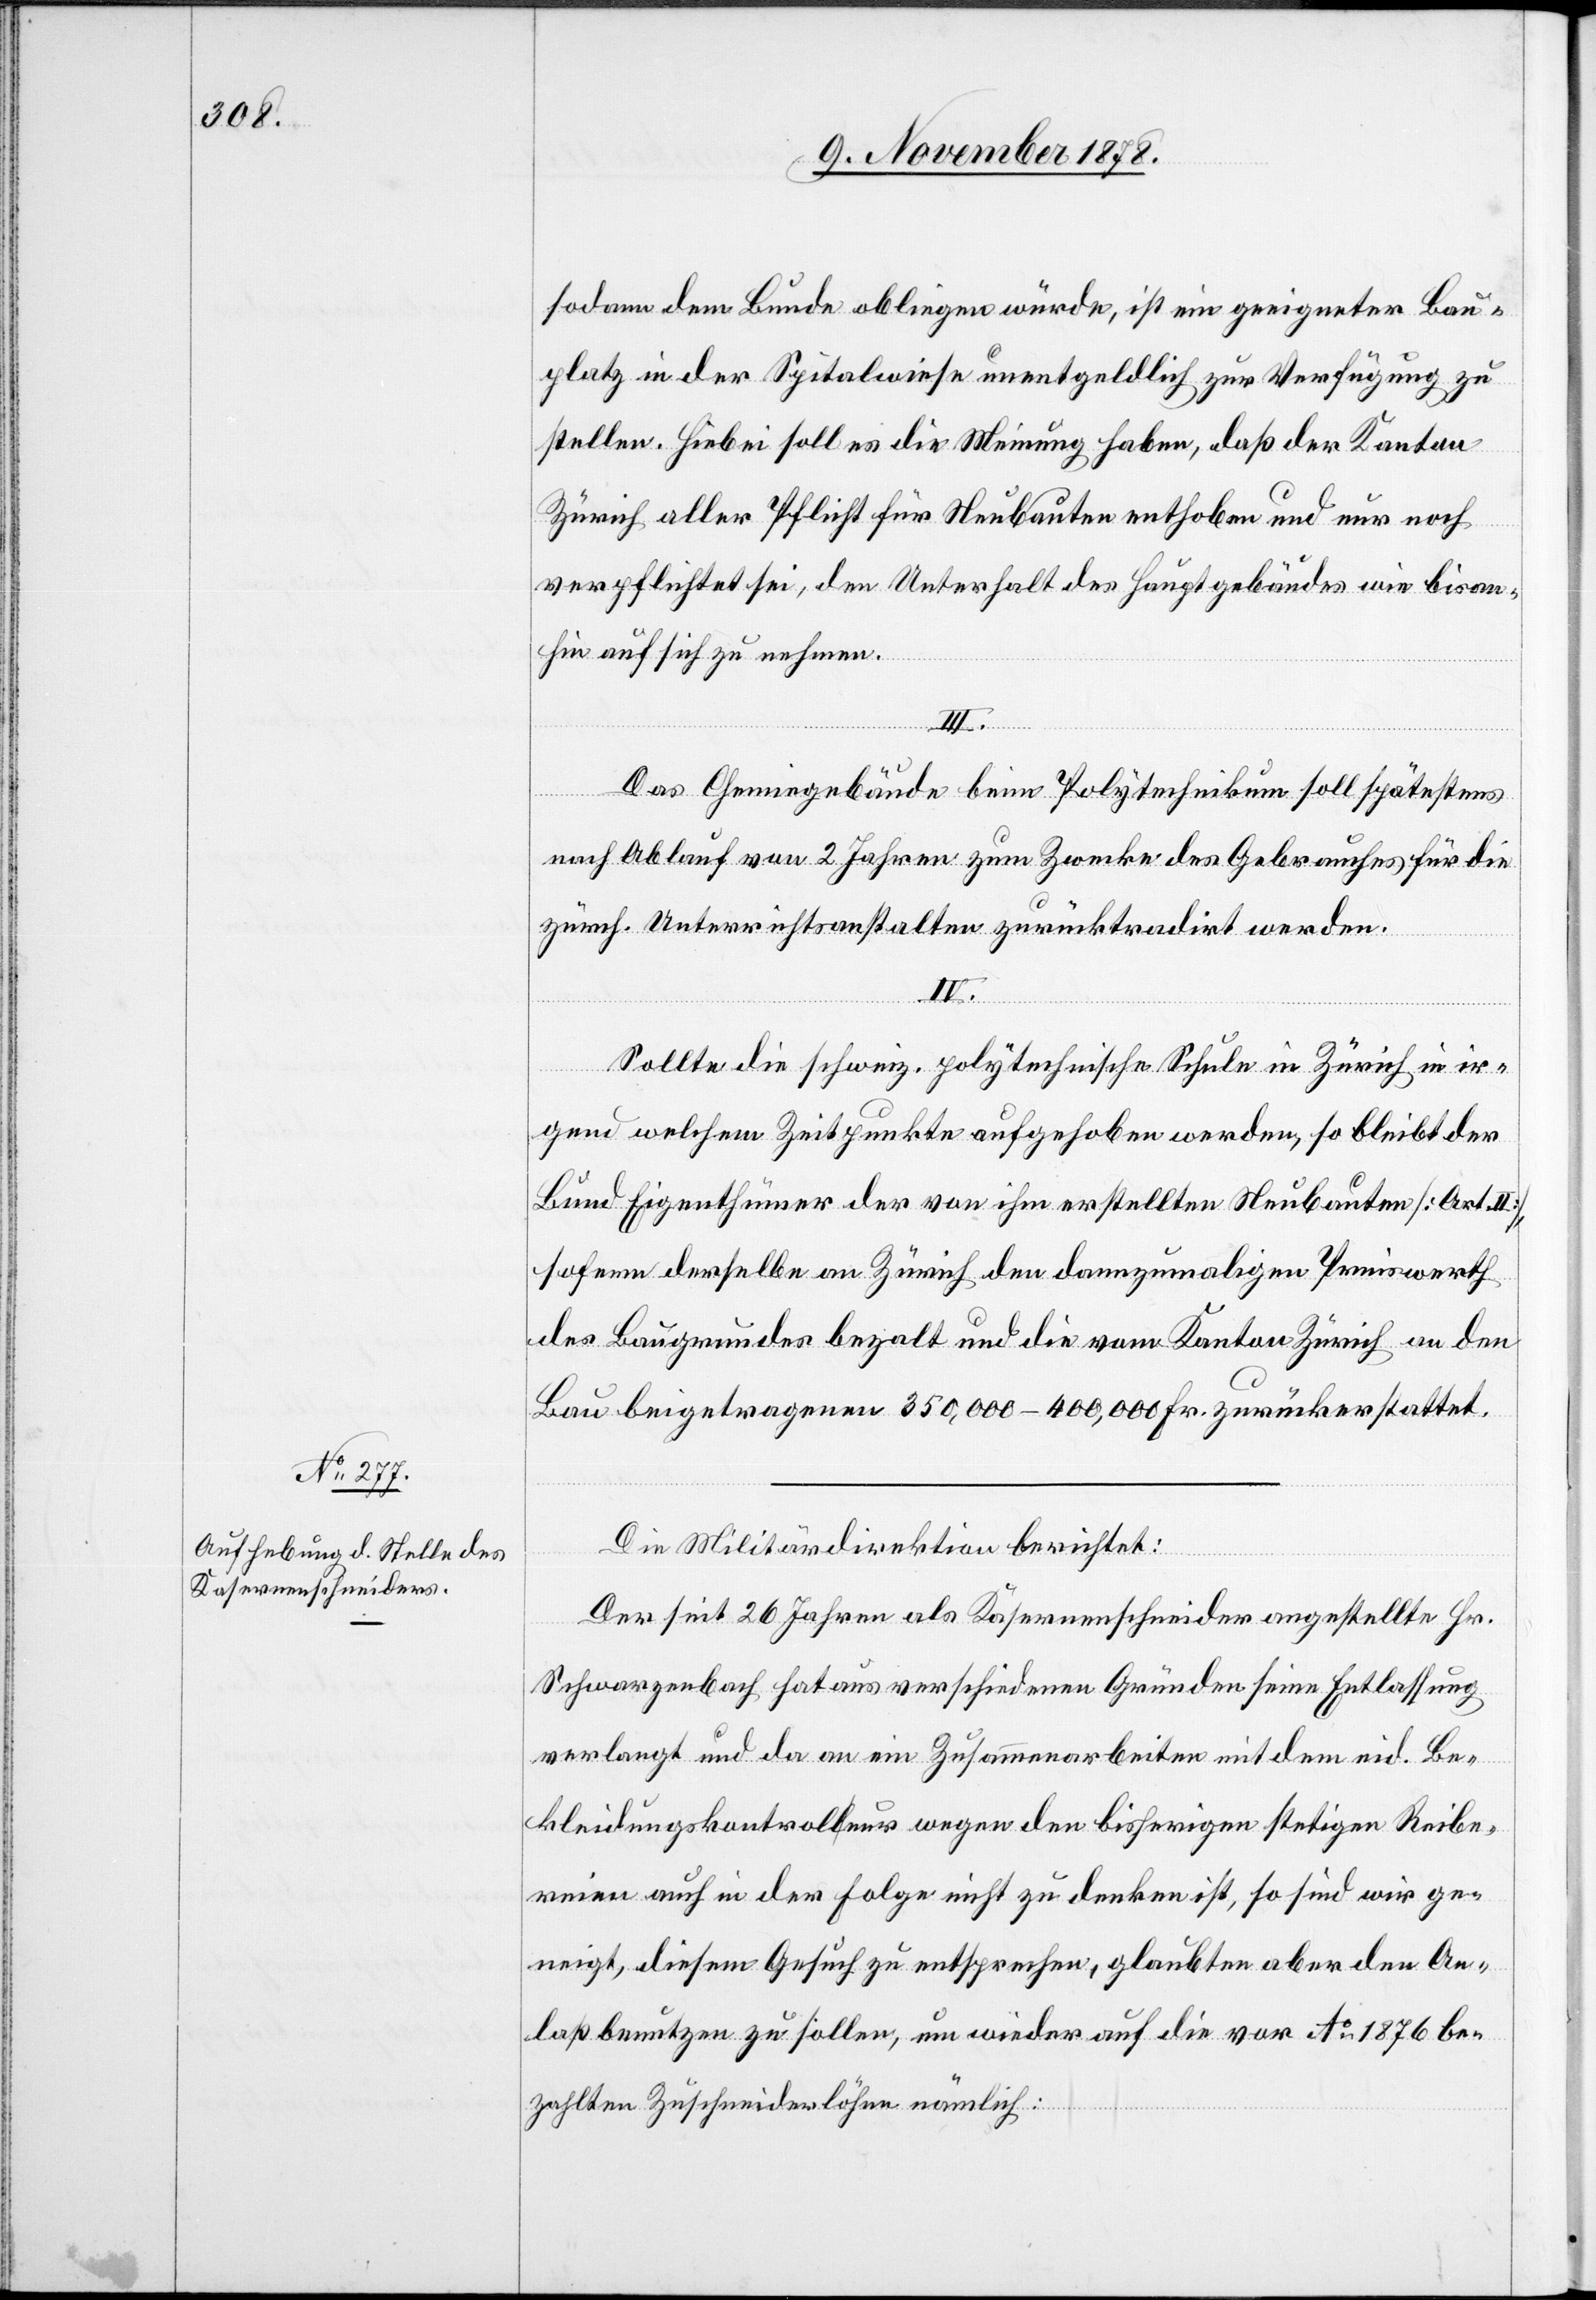
sodann dem Bunde obliegen würde, ist ein geeigneter Bau¬
platz in der Spitalwiese unentgeldlich zur Verfügung zu
stellen. Hiebei soll es die Meinung haben, daß der Kanton
Zürich aller Pflicht für Neubauten enthoben und nur noch
verpflichtet sei, den Unterhalt des Hauptgebäudes wie bisan¬
hin auf sich zu nehmen.
III.
Das Chemiegebäude beim Polytechnikum soll spätestens
nach Ablauf von 2 Jahren zum Zwecke des Gebrauches für die
zürch. Unterrichtsanstalten zurücktradirt werden.
IV.
Sollte die schweiz. polytechnische Schule in Zürich in ir¬
gend welchem Zeitpunkte aufgehoben werden, so bleibt der
Bund Eigenthümer der von ihm erstellten Neubauten [Art.
sofern derselbe an Zürich den dannzumaligen Preiswerth
des Baugrundes bezahlt und die vom Kanton Zürich an den
Bau beigetragenen 350,000–400,000 Fr. zurückerstattet.
Die Militärdirektion berichtet:
Der seit 26 Jahren als Kasernenschneider angestellte Hr.
Schwarzenbach hat aus verschiedenen Gründen seine Entlassung
verlangt und da an ein Zusammenarbeiten mit dem eid. Be¬
kleidungskontrola-l-aeur wegen den bisherigen stetigen Reibe¬
reien auch in der Folge nicht zu denken ist, so sind wir ge¬
neigt, diesem Gesuch zu entsprechen, glaubten aber den An¬
laß benutzen zu sollen, um wieder auf die vor Ao 1876 be¬
zahlten Zuschneiderlöhne nämlich: